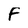
Character: F